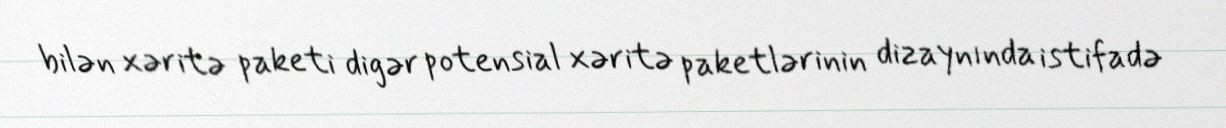
bilən xəritə paketi digər potensial xəritə paketlərinin dizaynında istifadə